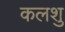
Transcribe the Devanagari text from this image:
कलशु